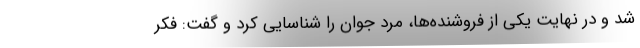
شد و در نهایت یکی از فروشنده‌ها، مرد جوان را شناسایی کرد و گفت: فکر